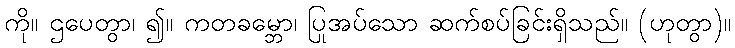
ကို။ ဌပေတွာ၊ ၍။ ကတခမ္ဘော၊ ပြုအပ်သော ဆက်စပ်ခြင်းရှိသည်။ (ဟုတွာ)။